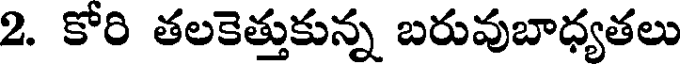
2. కోరి తలకెత్తుకున్న బరువుబాధ్యతలు